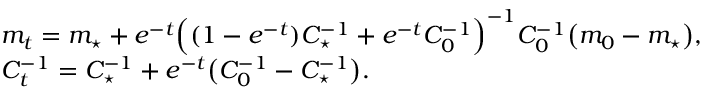
\begin{array} { r l } & { m _ { t } = m _ { \star } + e ^ { - t } \Bigl ( ( 1 - e ^ { - t } ) C _ { \star } ^ { - 1 } + e ^ { - t } C _ { 0 } ^ { - 1 } \Bigr ) ^ { - 1 } C _ { 0 } ^ { - 1 } \bigl ( m _ { 0 } - m _ { \star } \bigr ) , } \\ & { C _ { t } ^ { - 1 } = C _ { \star } ^ { - 1 } + e ^ { - t } \bigl ( C _ { 0 } ^ { - 1 } - C _ { \star } ^ { - 1 } \bigr ) . } \end{array}